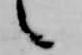
々